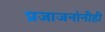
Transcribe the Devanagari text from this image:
प्रजाजनांनीही